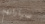
سياراتهم